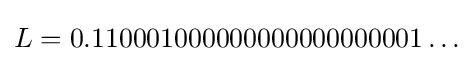
L=0.110001000000000000000001\ldots